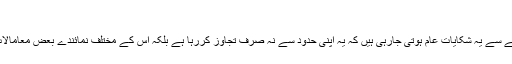
وجود - پیر 27 فروری 2017
گزشتہ کچھ عرصے سے الیکٹرانک میڈیا کے حوالے سے یہ شکایات عام ہوتی جارہی ہیں کہ یہ اپنی حدود سے نہ صرف تجاوز کررہا ہے بلکہ اس کے مختلف نمائندے بعض معامالات میں ’’بلیک میلنگ‘‘ کرتے ہوئے بھی پائے گئے۔